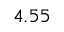
4 . 5 5